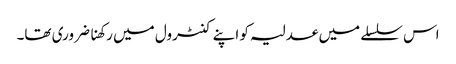
اس سلسلے میں عدلیہ کو اپنے کنٹرول میں رکھنا ضروری تھا۔